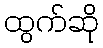
ထွက်ဆို